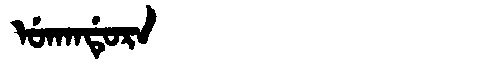
Manchu: ᡠᡴᠠᠨᡩᡠᡵᠠ
Romanization: UKANDURA